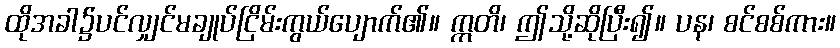
ထိုအခါ၌ပင်လျှင်မချုပ်ငြိမ်းကွယ်ပျောက်၏။ ဣတိ၊ ဤသို့ဆိုပြီး၍။ ပန၊ စင်စစ်ကား။